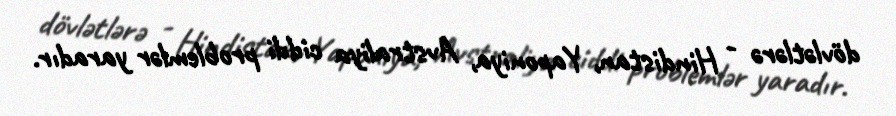
dövlətlərə - Hindistan, Yaponiya, Avstraliya ciddi problemlər yaradır.